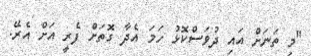
"މި ތަނަށް އައި ދުވަސްކޮޅު ހަމަ އެދާ ގޮތަށް ފެރީ އަށް އެރޭ.